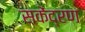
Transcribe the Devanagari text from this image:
सकेंद्रण